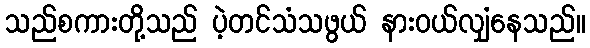
သည်စကားတို့သည် ပဲ့တင်သံသဖွယ် နားဝယ်လျှံနေသည်။